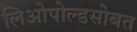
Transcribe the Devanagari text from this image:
लिओपोल्डसोबत